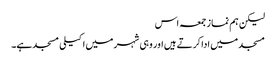
لیکن ہم نماز جمعہ اس
مسجد میں ادا کرتے ہیں اور وہی شہر میں اکیلی مسجدہے۔